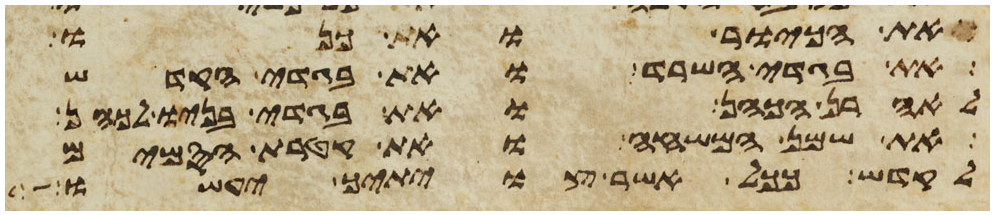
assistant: ואת הכיור ואת כנו
את בגדי השרד ואת בגדי הקדש
לאהרן הכהן ואת בגדי בניו לכהן
את שמן המשחה ואת קטרת הסמים
לקדש ככל אשר צויתיך יעשו